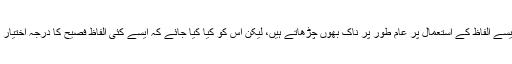
ماہرینِ لغات ایسے الفاظ کے استعمال پر عام طور پر ناک بھوں چڑھاتے ہیں، لیکن اس کو کیا کیا جائے کہ ایسے کئی الفاظ فصیح کا درجہ اختیار کر چکے ہیں۔